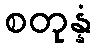
စတုန္နံ